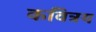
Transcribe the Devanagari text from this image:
कवित्रय